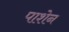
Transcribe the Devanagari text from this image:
पाशेन